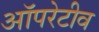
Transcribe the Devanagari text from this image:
ऑपरेटीव